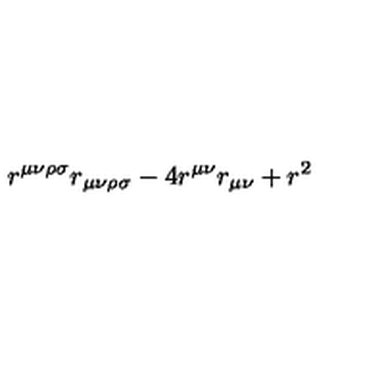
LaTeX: r ^ { \mu \nu \rho \sigma } r _ { \mu \nu \rho \sigma } - 4 r ^ { \mu \nu } r _ { \mu \nu } + r ^ { 2 }